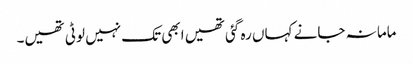
ماما نہ جانے کہاں رہ گئی تھیں ابھی تک نہیں لوٹی تھیں۔